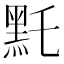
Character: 𪐞